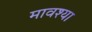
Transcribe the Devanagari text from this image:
मावश्या